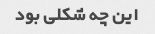
این چه شکلی بود